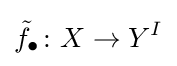
{\tilde {f}}_{\bullet }\colon X\to Y^{I}